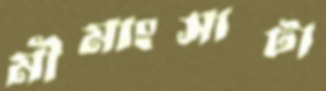
মীমাংসাটা